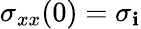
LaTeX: \sigma_{xx}(0)=\sigma_{\mathbf{i}}